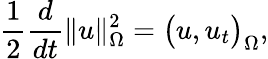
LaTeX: \frac{1}{2}\frac{d}{dt}\| u\| _{\Omega}^{2}=\big(u,u_{t}\big)_{\Omega},